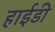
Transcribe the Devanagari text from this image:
हाईडी